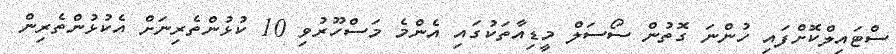
ސްޓައިލްކޮށްފައި ހުންނަ ގޮތުން ސޯސަލް މީޑިއާތަކުގައި އެންމެ މަސްހޫރުވި 10 ކުޅުންތެރިނަށް އެކުޅުންތެރިން